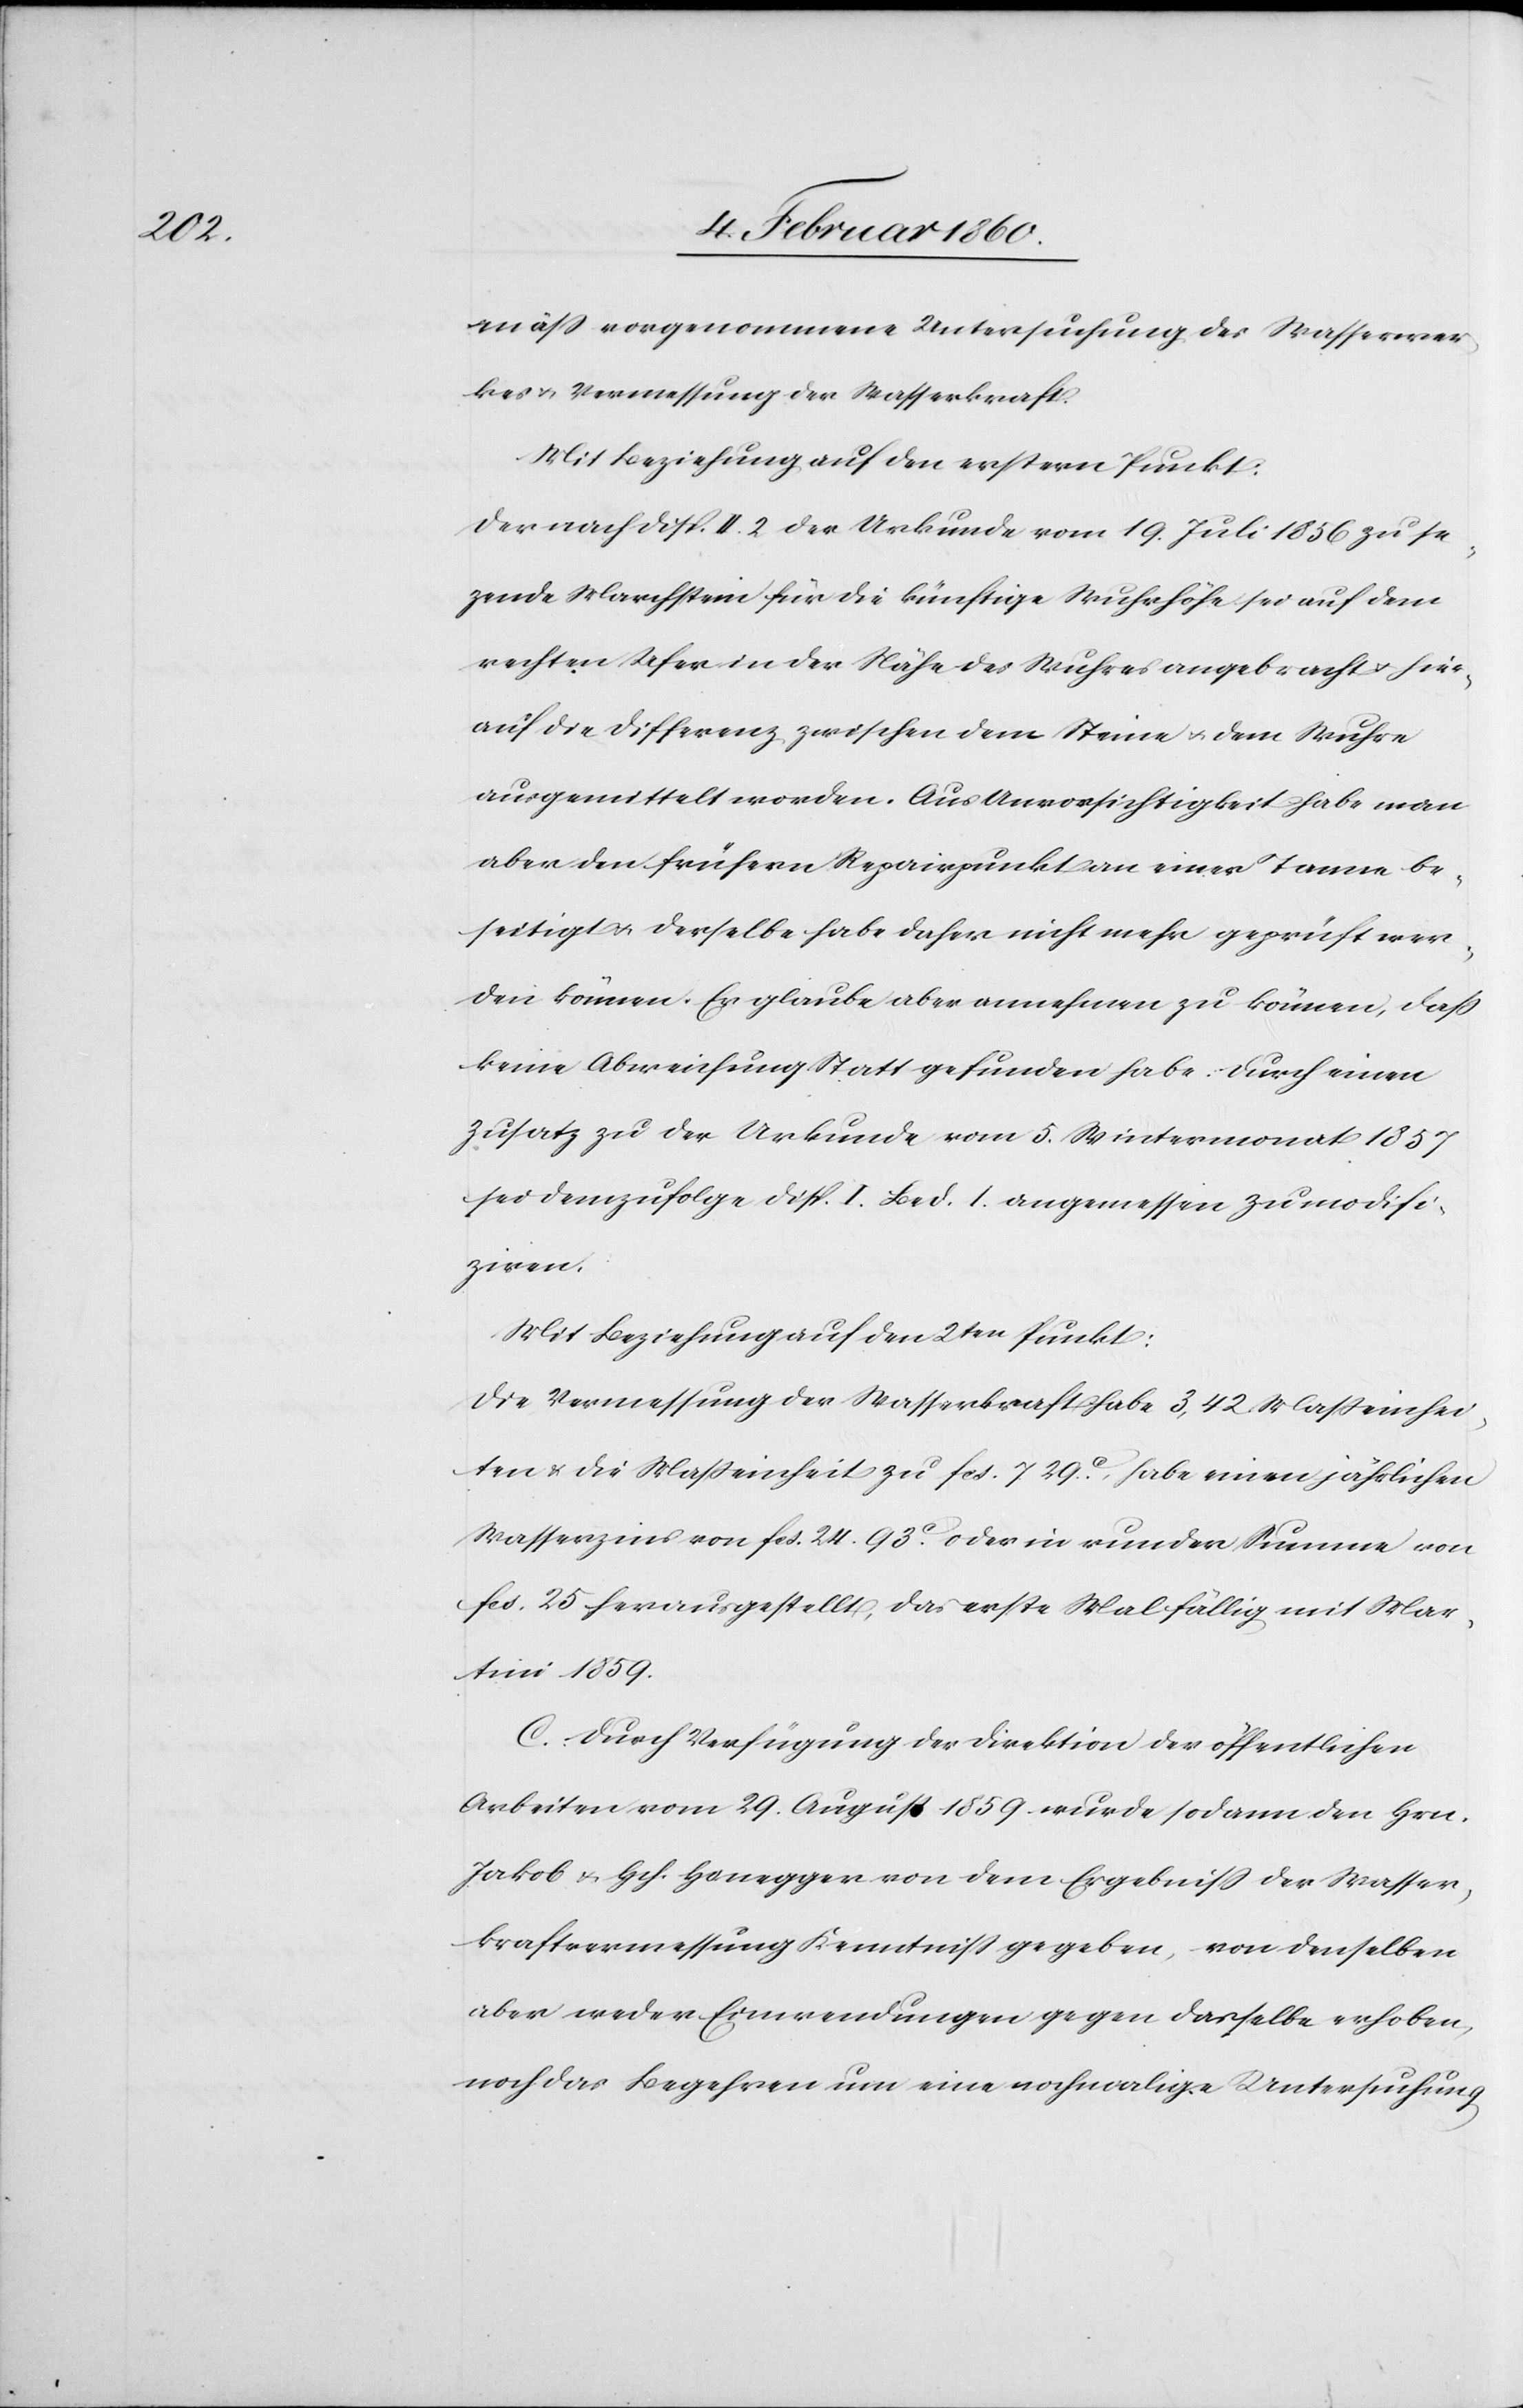
mäss vorgenommene Untersuchung des Wasserwer¬
kes u. Vermessung der Wasserkraft.
Mit Beziehung auf den erstern Punkt:
der nach Disp. II. 2. der Urkunde vom 19. Juli 1856 zu se¬
tzende Marchstein für die künftige Wuhrshöhe sei auf dem
rechten Ufer in der Nähe des Wuhres angebracht u. hier¬
auf die Differenz zwischen dem Steine u. dem Wuhre
ausgemittelt worden. Aus Unvorsichtigkeit habe man
aber den frühern Repairpunkt an einer Tanne be¬
seitigt u. derselbe habe daher nicht mehr geprüft wer¬
den können. Er glaube aber annehmen zu können, dass
keine Abweichung statt gefunden habe. Durch einen
Zusatz zu der Urkunde vom 5. Wintermonat 1857
sei demzufolge Disp. I. Bed. 1. angemessen zu modifi¬
ziren.
Mit Beziehung auf den 2ten Punkt:
Die Vermessung der Wasserkraft habe 3,42. Masseinhei¬
ten u. die Masseinheit zu fcs. 7. 29C habe einen jährlichen
Wasserzins von fcs. 24. 93.C oder in runder Summe von
fcs. 25. herausgestellt, das erste Mal fällig mit Mar¬
tini 1859.
C. Durch Verfügung der Direktion der öffentlichen
Arbeiten vom 29. August 1859 wurde sodann den Hrn.
Jakob u. Hch. Honegger von dem Ergebniss der Wasser¬
kraftvermessung Kenntniß gegeben, von denselben
aber weder Einwendungen gegen dasselbe erhoben,
noch das Begehren um eine nochmalige Untersuchung